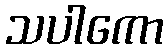
သပါကော